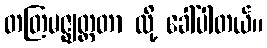
တတြမဇ္ဈတ္တတာ လို့ ခေါ်ပါတယ်။